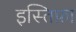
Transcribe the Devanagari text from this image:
इस्तिफ़ा